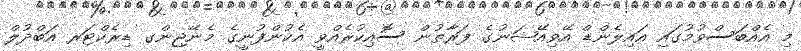
މި އެއްބަސްވުމުގައި އައިލެންޑް އޭވިއޭޝަނުގެ ފަރާތުން ސޮއިކުރެއްވީ އެކުންފުނީގެ މެނޭޖިންގ ޑިރެކްޓަރ އަބްދުލް